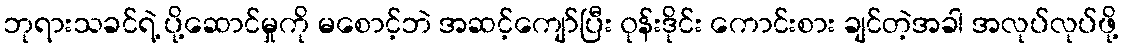
ဘုရားသခင်ရဲ့ ပို့ဆောင်မှုကို မစောင့်ဘဲ အဆင့်ကျော်ပြီး ၀ုန်းဒိုင်း ကောင်းစား ချင်တဲ့အခါ အလုပ်လုပ်ဖို့